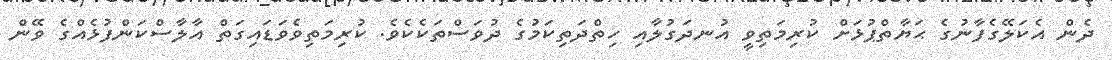
ދެން އެކަލޭގެފާނުގެ ޙަޔާތްޕުޅަށް ކުރިމަތިވީ އުނދަގުލާއި ހިތްދަތިކަމުގެ ދުވަސްތަކެކެވެ. ކުރިމަތިވެވަޑައިގަތް އާލާސްކަންފުޅެއްގެ ވޭން